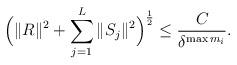
LaTeX: \begin{align*}\Big(\|R\|^2 + \sum_{j = 1}^{L} \|S_j\|^2\Big)^{\frac{1}{2}} \le \frac{C}{\delta^{\max m_i}}.\end{align*}